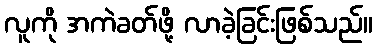
လူကို အကဲခတ်ဖို့ လာခဲ့ခြင်းဖြစ်သည်။